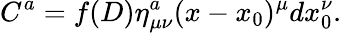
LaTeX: C^{a}=f(D)\eta_{\mu\nu}^{a}(x-x_{0})^{\mu}dx_{0}^{\nu}.